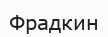
Фрадкин